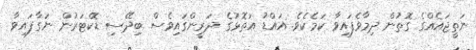
ނަތީޖައެއްގެ ގޮތުން ދިމާވެފައިވާ ކަމެކެވެ. އައްޑު އަތޮޅުގެ ދަރީންގައިވެސް ބިދޭސި ޑޮކްޓަރުން ނަގާފައިވާ